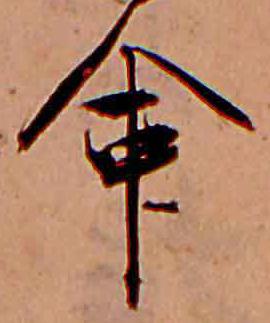
命